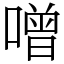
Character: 噌